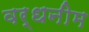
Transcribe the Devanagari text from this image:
वर्धनीम